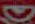
D